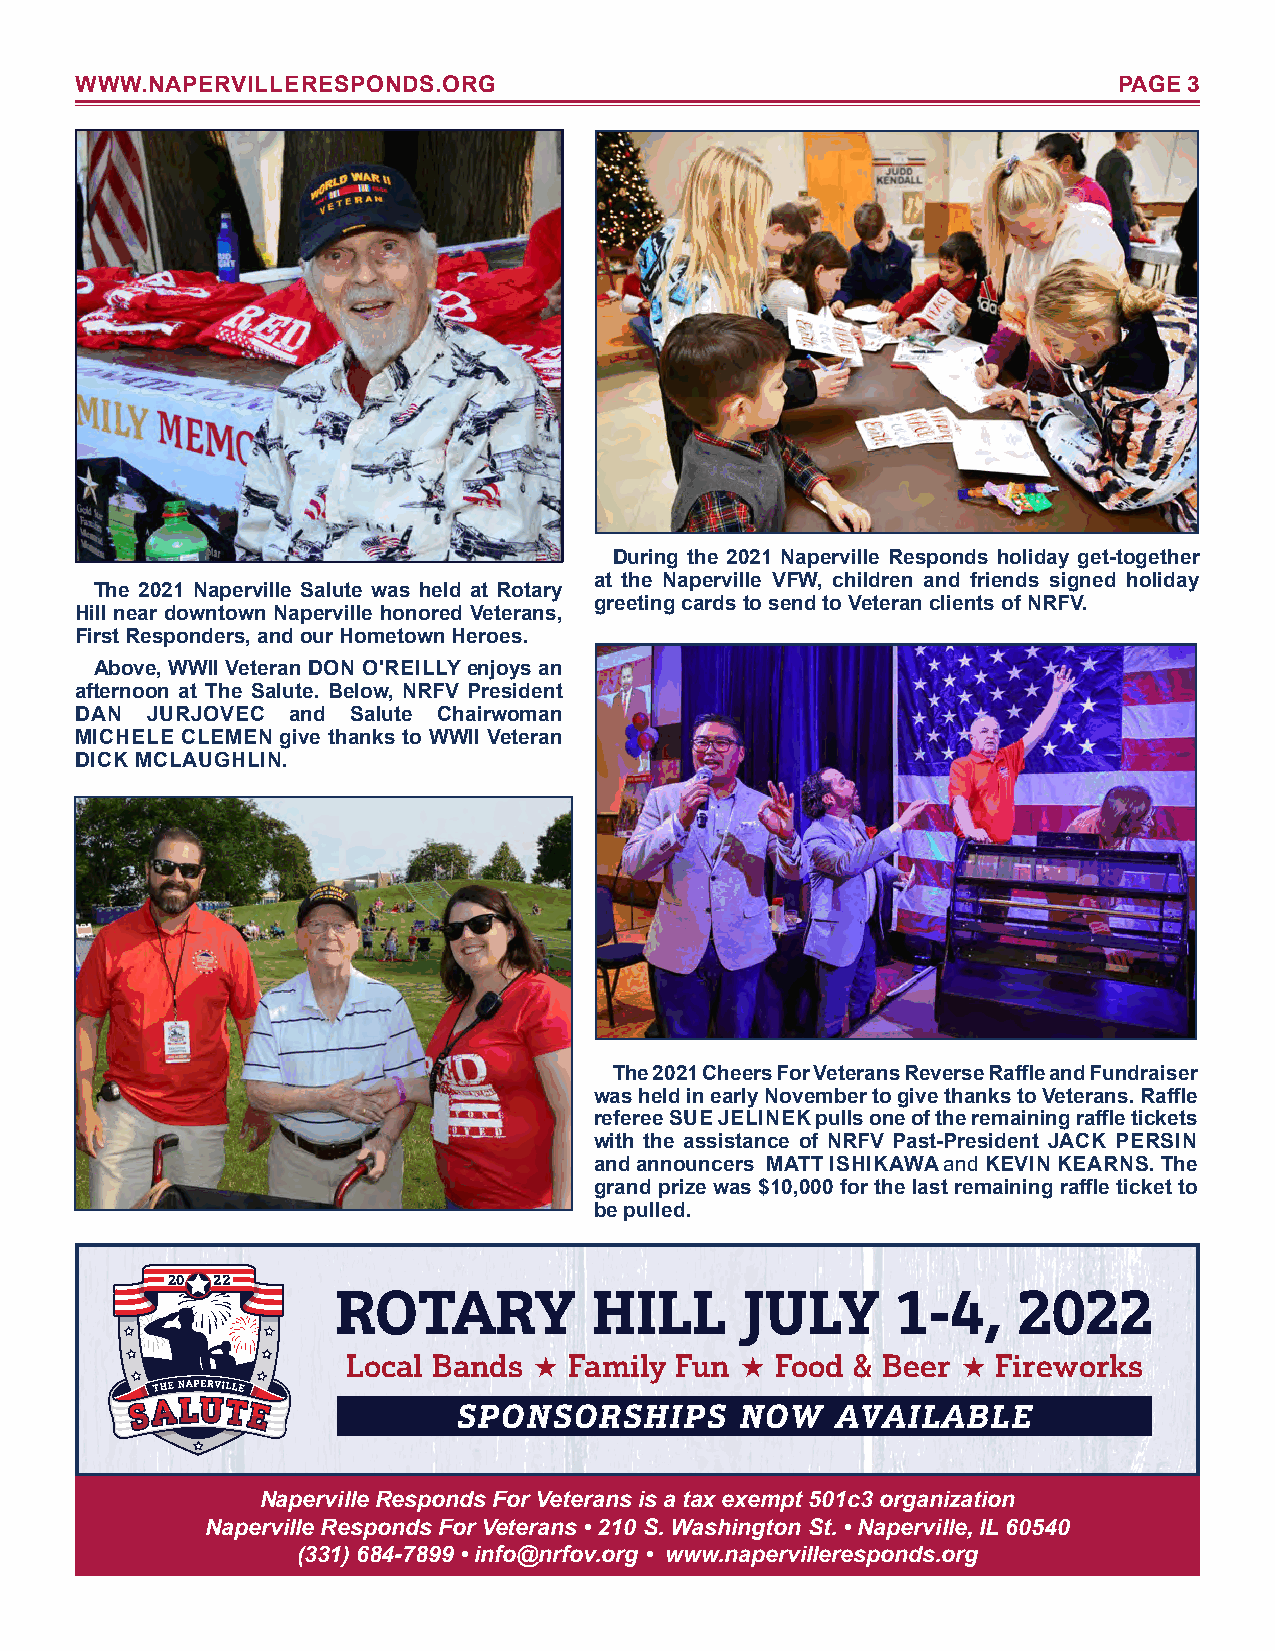
WWW.NAPERVILLERESPONDS.ORG                                           PAGE 3
 During the 2021 Naperville Responds holiday get-together
 at the Naperville VFW, children and friends signed holiday
 The 2021 Naperville Salute was held at Rotary
 greeting cards to send to Veteran clients of NRFV.
 Hill near downtown Naperville honored Veterans,
 First Responders, and our Hometown Heroes.
 Above, WWII Veteran DON O'REILLY enjoys an
 afternoon at The Salute. Below, NRFV President
 DAN  JURJOVEC and Salute Chairwoman
 MICHELE CLEMEN give thanks to WWII Veteran
 DICK MCLAUGHLIN.
 The 2021 Cheers For Veterans Reverse Raffle and Fundraiser
 was held in early November to give thanks to Veterans. Raffle
 referee SUE JELINEK pulls one of the remaining raffle tickets
 with the assistance of NRFV Past-President JACK PERSIN
 and announcers MATT ISHIKAWA and KEVIN KEARNS. The
 grand prize was $10,000 for the last remaining raffle ticket to
 be pulled.
 ROTARY           HILL      JULY      1-4,    2022
 Local Bands   Family Fun  Food & Beer   Fireworks
 SPONSORSHIPS       NOW   AVAILABLE
 Naperville Responds For Veterans is a tax exempt 501c3 organization
 Naperville Responds For Veterans • 210 S. Washington St. • Naperville, IL 60540
 (331) 684-7899 • info@nrfov.org • www.napervilleresponds.org